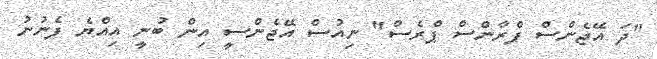
"ދަ އޭޖެންސް ފްރާންސް ޕްރެސް" ނިއުސް އޭޖެންސީ އިން ބުނީ އިއްޔެ ފެނުނު